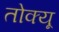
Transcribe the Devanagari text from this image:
तोक्यू